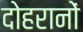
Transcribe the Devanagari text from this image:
दोहरानों